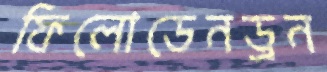
ফিলোডেনড্রন